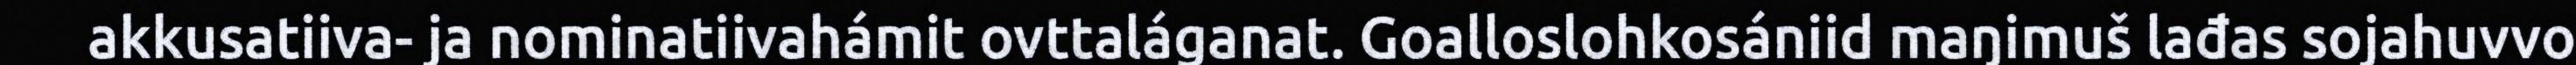
akkusatiiva- ja nominatiivahámit ovttaláganat. Goalloslohkosániid maŋimuš lađas sojahuvvo